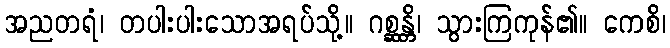
အညတရံ၊ တပါးပါးသောအရပ်သို့။ ဂစ္ဆန္တိ၊ သွားကြကုန်၏။ ကေစိ၊